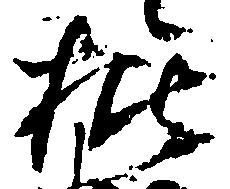
批